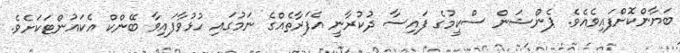
ބަޔާންކޮށްފައިވެއެވެ. ޕެންޝަން ސްކީމުގެ ފައިސާ ދުކުރާނީ އެފަރާތެއްގެ ނަމުގައި ހުޅުވާފައިވާ ބޭންކް އެކައުންޓަކަށެވެ.